Plague in India, 1896, 1897 - Volume 1
Year: 1896
Disease focus: Plague
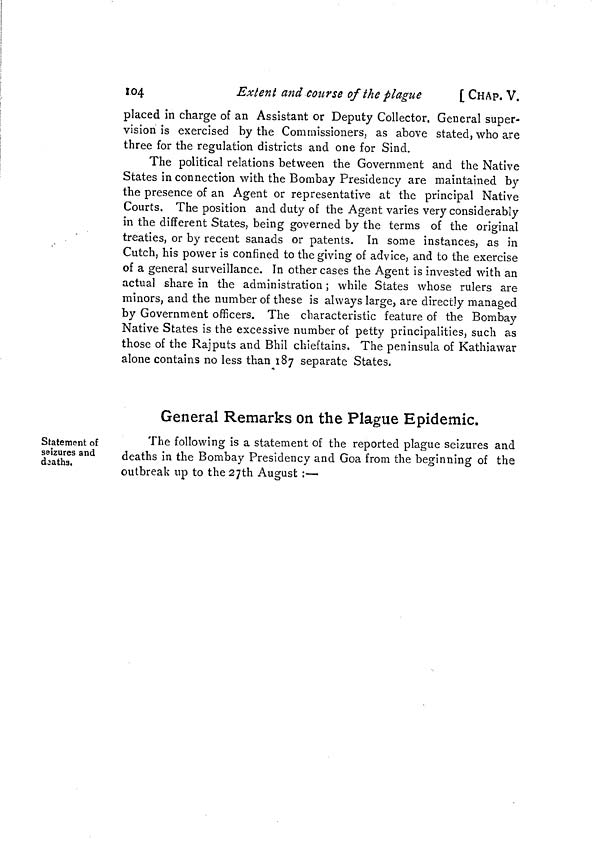
104
Extent and course of the plague
[ CHAP. V.
placed in charge of an Assistant or Deputy Collector. General super-
vision is exercised by the Commissioners, as above stated, who are
three for the regulation districts and one for Sind.
The political relations between the Government and the Native
States in connection with the Bombay Presidency are maintained by
the presence of an Agent or representative at the principal Native
Courts. The position and duty of the Agent varies very considerably
in the different States, being governed by the terms of the original
treaties, or by recent sanads or patents. In some instances, as in
Cutch, his power is confined to the giving of advice, and to the exercise
of a general surveillance. In other cases the Agent is invested with an
actual share in the administration ; while States whose rulers are
minors, and the number of these is always large, are directly managed
by Government officers. The characteristic feature of the Bombay
Native States is the excessive number of petty principalities, such as
those of the Rajputs and Bhil chieftains. The peninsula of Kathiawar
alone contains no less than 187 separate States.
Statement of
seizures and
deaths.
General Remarks on the Plague Epidemic.
The following is a statement of the reported plague seizures and
deaths in the Bombay Presidency and Goa from the beginning of the
outbreak up to the 27th August :—